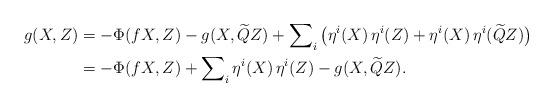
LaTeX: \begin{align*} g(X,Z) &= -\Phi({f} X, Z) -g(X,\widetilde{Q} Z) +\sum\nolimits_{i}\big(\eta^i(X)\,\eta^i(Z) +\eta^i(X)\,\eta^i(\widetilde{Q} Z)\big)\\ &= -\Phi({f} X, Z) + \sum\nolimits_{i}\eta^i(X)\,\eta^i(Z) - g(X, \widetilde{Q}Z).\end{align*}